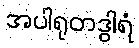
အပါရုတဒွါရံ